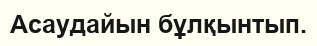
Асаудайын бұлқынтып.